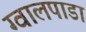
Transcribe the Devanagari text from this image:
ग्वालपाडा